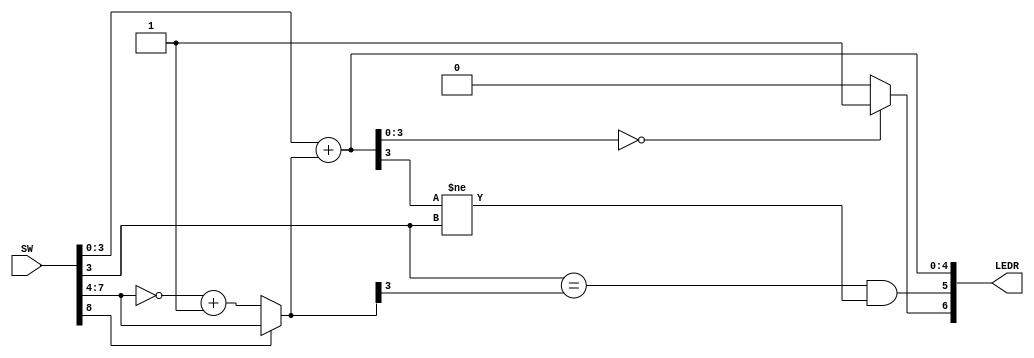

//=======================================================
//  This code is generated by Terasic System Builder
//=======================================================

module EXP3_1(

	//////////// SW //////////
	input 		     [9:0]		SW, //0-7A,B,8Cn()
											 //90

	//////////// LED //////////
	output	reg	   [9:0]		LEDR //0-3result,456
	

);



//=======================================================
//  REG/WIRE declarations
//=======================================================
reg [3:0]later;

//=======================================================
//  Structural coding
//=======================================================
always @ (*)
begin
	
	if(!SW[8])
		later[3:0] = ~SW[7:4] + 1;
	else later[3:0] = SW[7:4];
	{LEDR[4],LEDR[3:0]} = SW[3:0] + later[3:0]; 
	LEDR[5] = (SW[3] == later[3])&&(LEDR[3] != SW[3]);
	LEDR[6] = (LEDR[3:0] == 4'b0000)?1:0;
end
endmodule